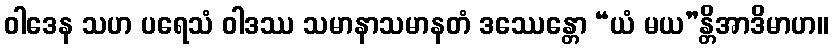
ဝါဒေန သဟ ပရေသံ ဝါဒဿ သမာနာသမာနတံ ဒဿေန္တော “ယံ မယ”န္တိအာဒိမာဟ။